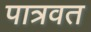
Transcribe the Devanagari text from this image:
पात्रवत